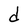
Character: d